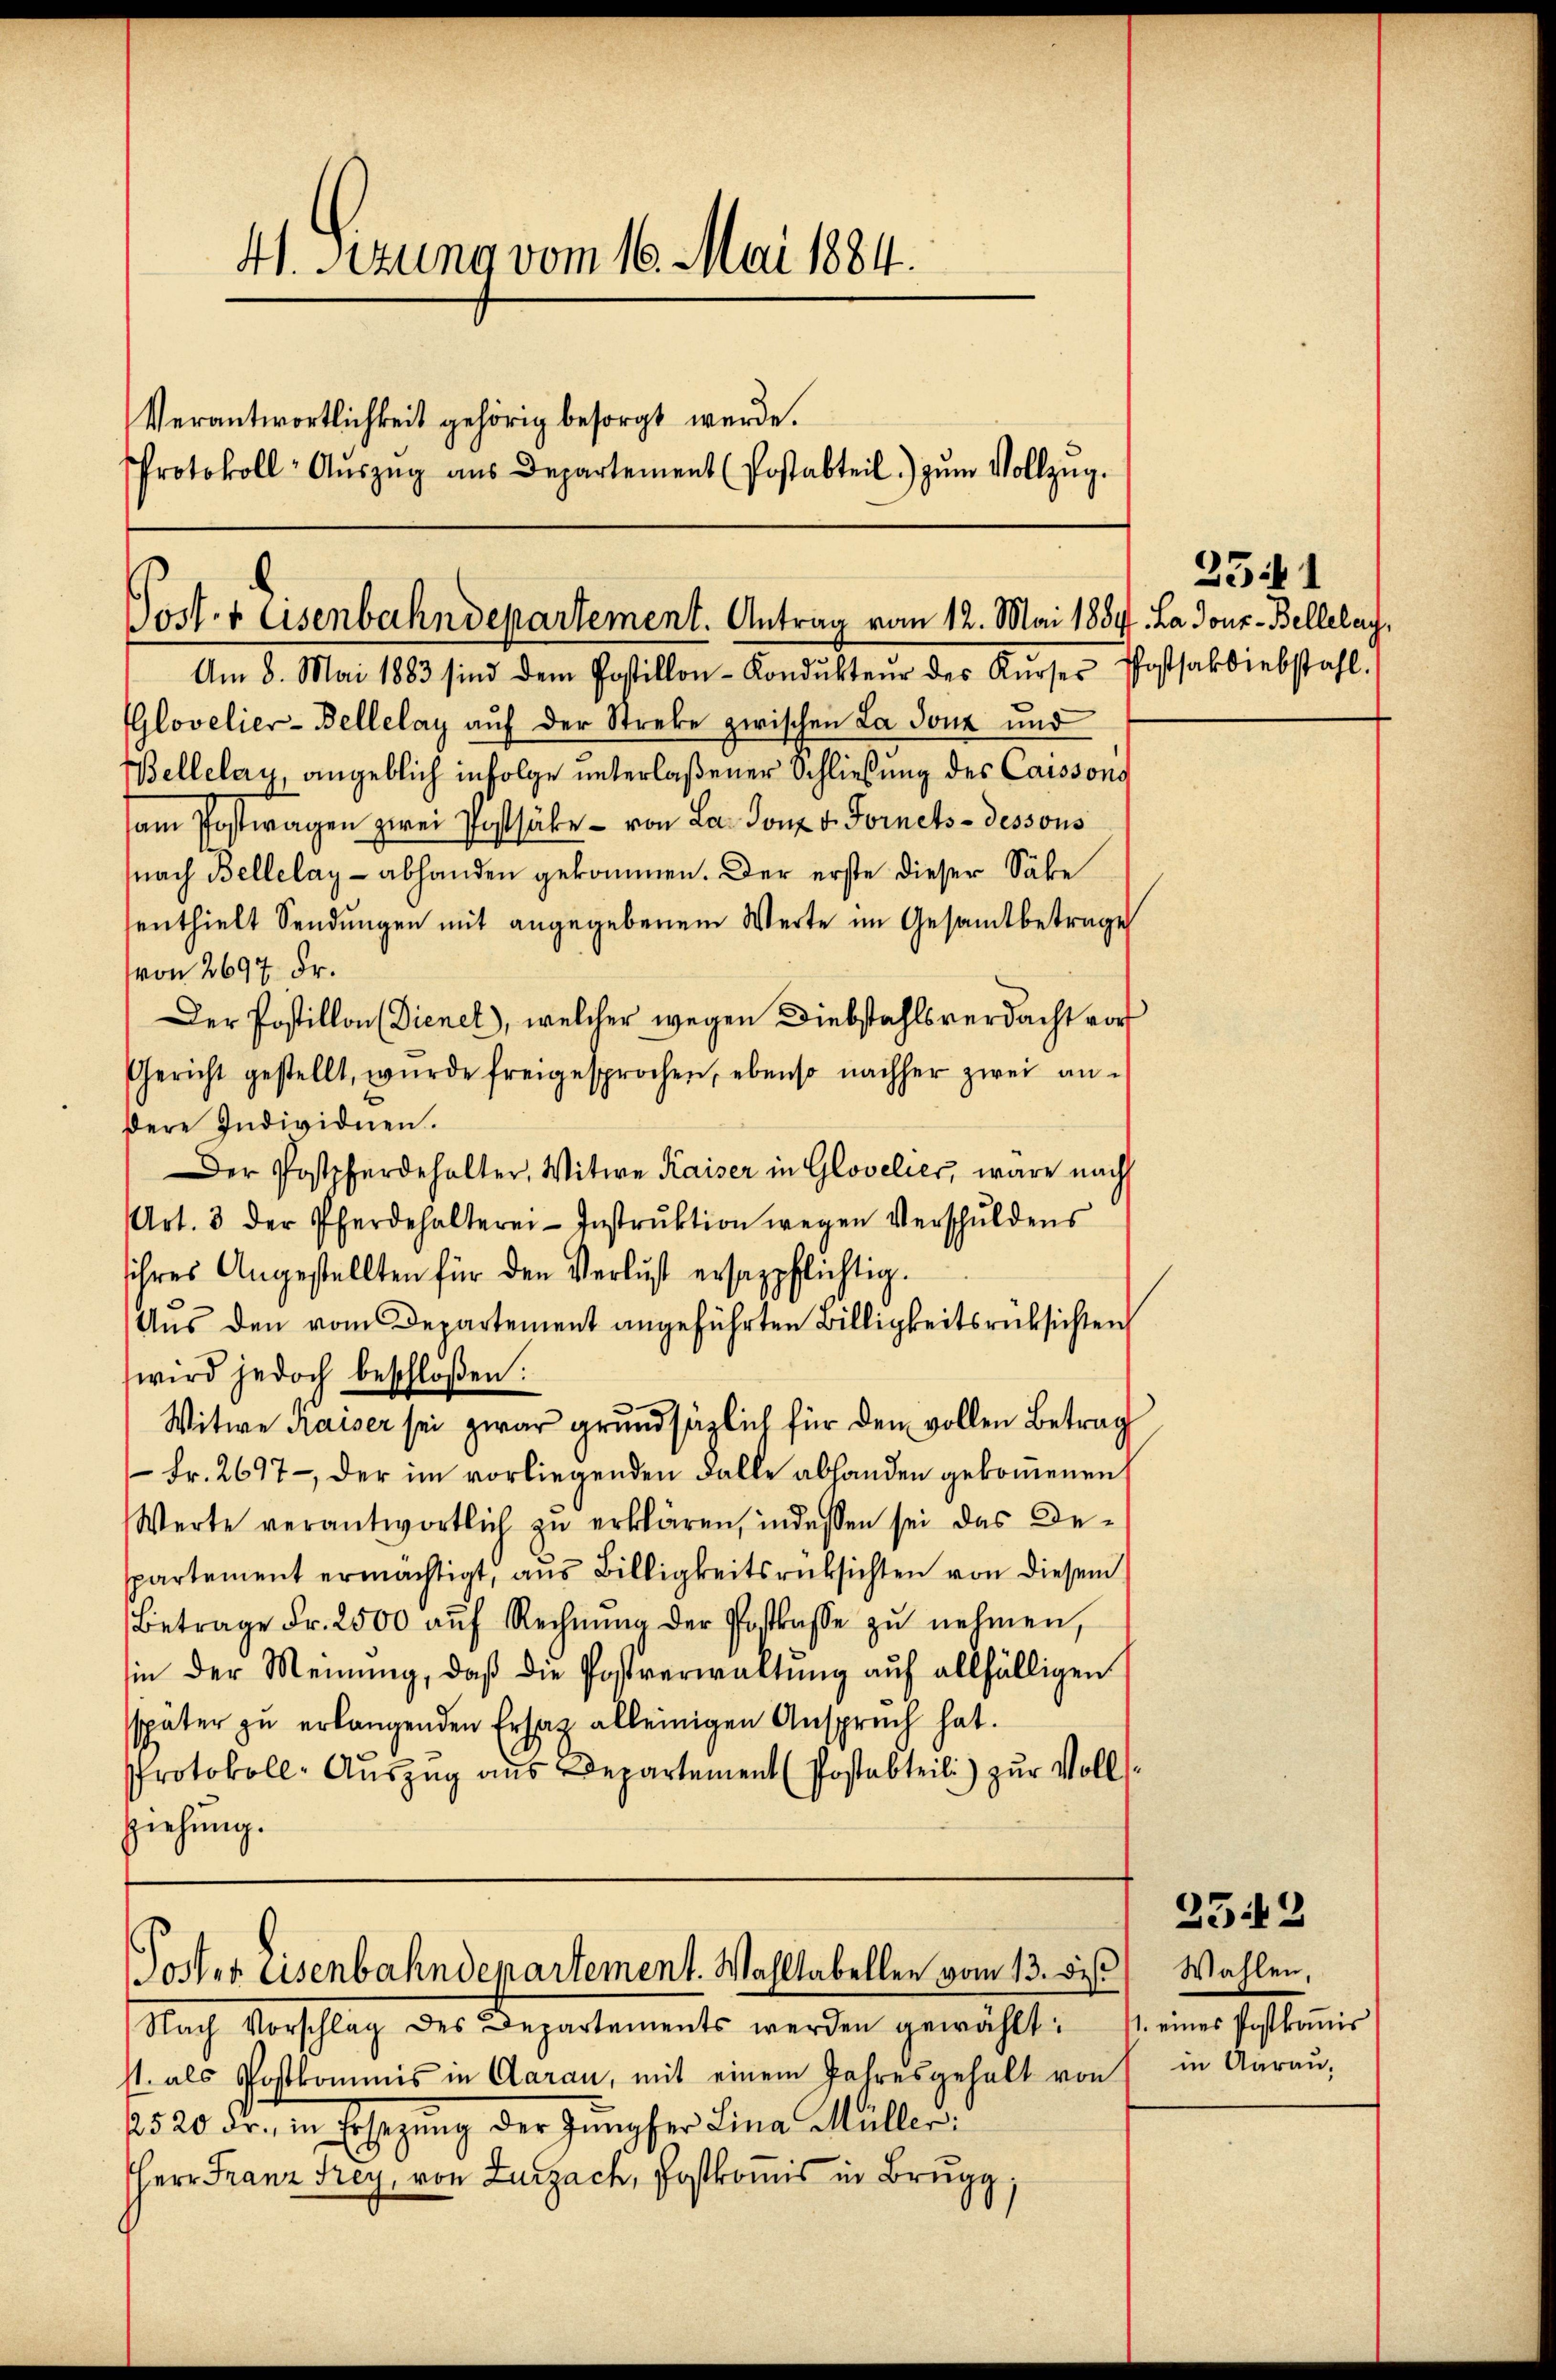
41. Sizung vom 16. Mai 1884.
Verantwortlichkeit gehörig besorgt werde.
Protokoll- Aŭszŭg aŭs Departement (Postabteil) zŭm Vollzŭg.

Am 8. Mai 1883 sind dem Postillon-Kondŭkteŭr des Kŭrses Postsakdiebstahl.
Glovelier-Bellelay auf der Streke zwischen La douz und
Bellelay, angeblich infolge unterlaßener Schließung des Caissons
am Postwagen zwei Postsäke - von La don v. Fornets-dessous
nach Bellelay- abhanden gekommen. Der erste dieser Säbe
senthielt Sendungen mit angegebenem Werte im Gesamtbetrage
von 2697 Fr.
Der Postillon Dienet, welcher wegen Diebstahlsverdacht vor
Gericht gestellt, wurde freigesprochen, ebenso nachher zwei an-
dere Individuen.
Der Postpferdehalter, Witwe Kaiser in Glovelier, wäre nach
Art. 3 der Pferdehalterei-Instrŭktion wegen Verschŭldens
ihres Angestellten für den Verlust ersappflichtig.
Aus den vom Departement angeführten Billigkeitsrücksichten
wird jedoch beschloßen:
Witwe Kaiser sei zwar grundsätzlich für den vollen Betrag
 Fr. 2697 der im vorliegenden Falle abhanden gekommenen
Werte verantwortlich zŭ erklären, indessen sei das De-
spartement ermächtigt, aus Billigkeitsrücksichten von diesem
Betrage Fr. 2500 aŭf Rechnŭng der Postkasse zŭ nehmen,
sin der Meinŭng, daβ die Postverwaltŭng auf allfälligen
später zu erlangenden Ersatz alleinigen Anspruch hat.
Protokoll- Aŭszŭg aŭs Departement (Postabteili) zŭr Volls-
ziehung.

Post. + Asenbahndepartement. Antrag vom 12. Mai 188.

Nach Vorschlag des Departements werden gewählt:
st. als Postkommis in Aarau, mit einem Jahresgehalt von
2520 dr., in Ersezung der Jungfer Lina Müller:
HHerr Franz Frey, von Zurzach, Postkomis in Brugg,

Poster Eisenbahndepartement. Wahltabellen vom 13. bis

3541
I. La douz-Belleleg

2542

Wahlen,
. eines Postkomis
in Aarau,